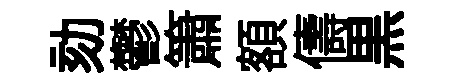
劾鬱簫額儔黒